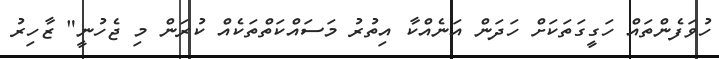
ހުވަފެންތައް ހަގީގަތަކަށް ހަދަން އަނެއްކާ އިތުރު މަސައްކަތްތަކެއް ކުރަން މި ޖެހުނީ" ޒާހިރު